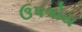
ઉપગોય